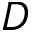
D